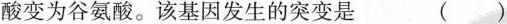
酸变为谷氨酸。该基因发生的突变是 （）